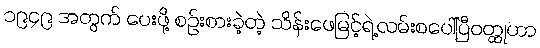
၁၉၄၉ အတွက် ပေးဖို့ စဉ်းစားခဲ့တဲ့ သိန်းဖေမြင့်ရဲ့လမ်းစပေါ်ပြီဝတ္ထုဟာ